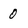
Character: 0